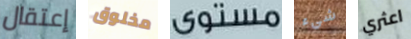
إعتقال مخلوق مستوى شيء اعثري